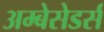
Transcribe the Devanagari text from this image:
अम्बेसेडर्स